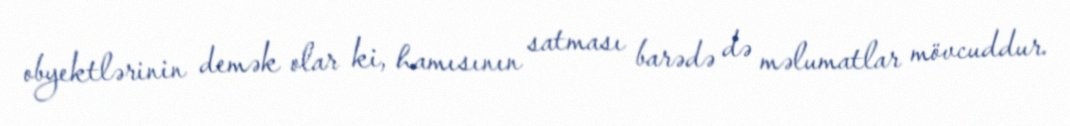
obyektlərinin demək olar ki, hamısının satması barədə də məlumatlar mövcuddur.